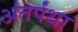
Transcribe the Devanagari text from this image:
अंतर्पंथा